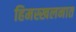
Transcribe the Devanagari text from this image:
हिमस्खलनात